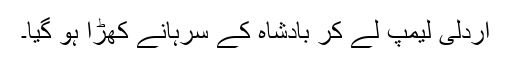
اردلی لیمپ لے کر بادشاہ کے سرہانے کھڑا ہو گیا۔